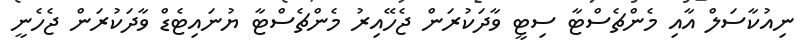
ނިއުކާސަލް އާއި މެންޗެސްޓާ ސިޓީ ވާދަކުރަން ޖެހޭއިރު މެންޗެސްޓާ ޔުނައިޓެޑް ވާދަކުރަން ޖެހެނީ